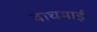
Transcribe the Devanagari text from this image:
वाघमाई